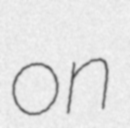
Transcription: on